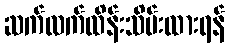
ဆက်လက်ထိန်းသိမ်းထားရန်